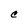
Character: C